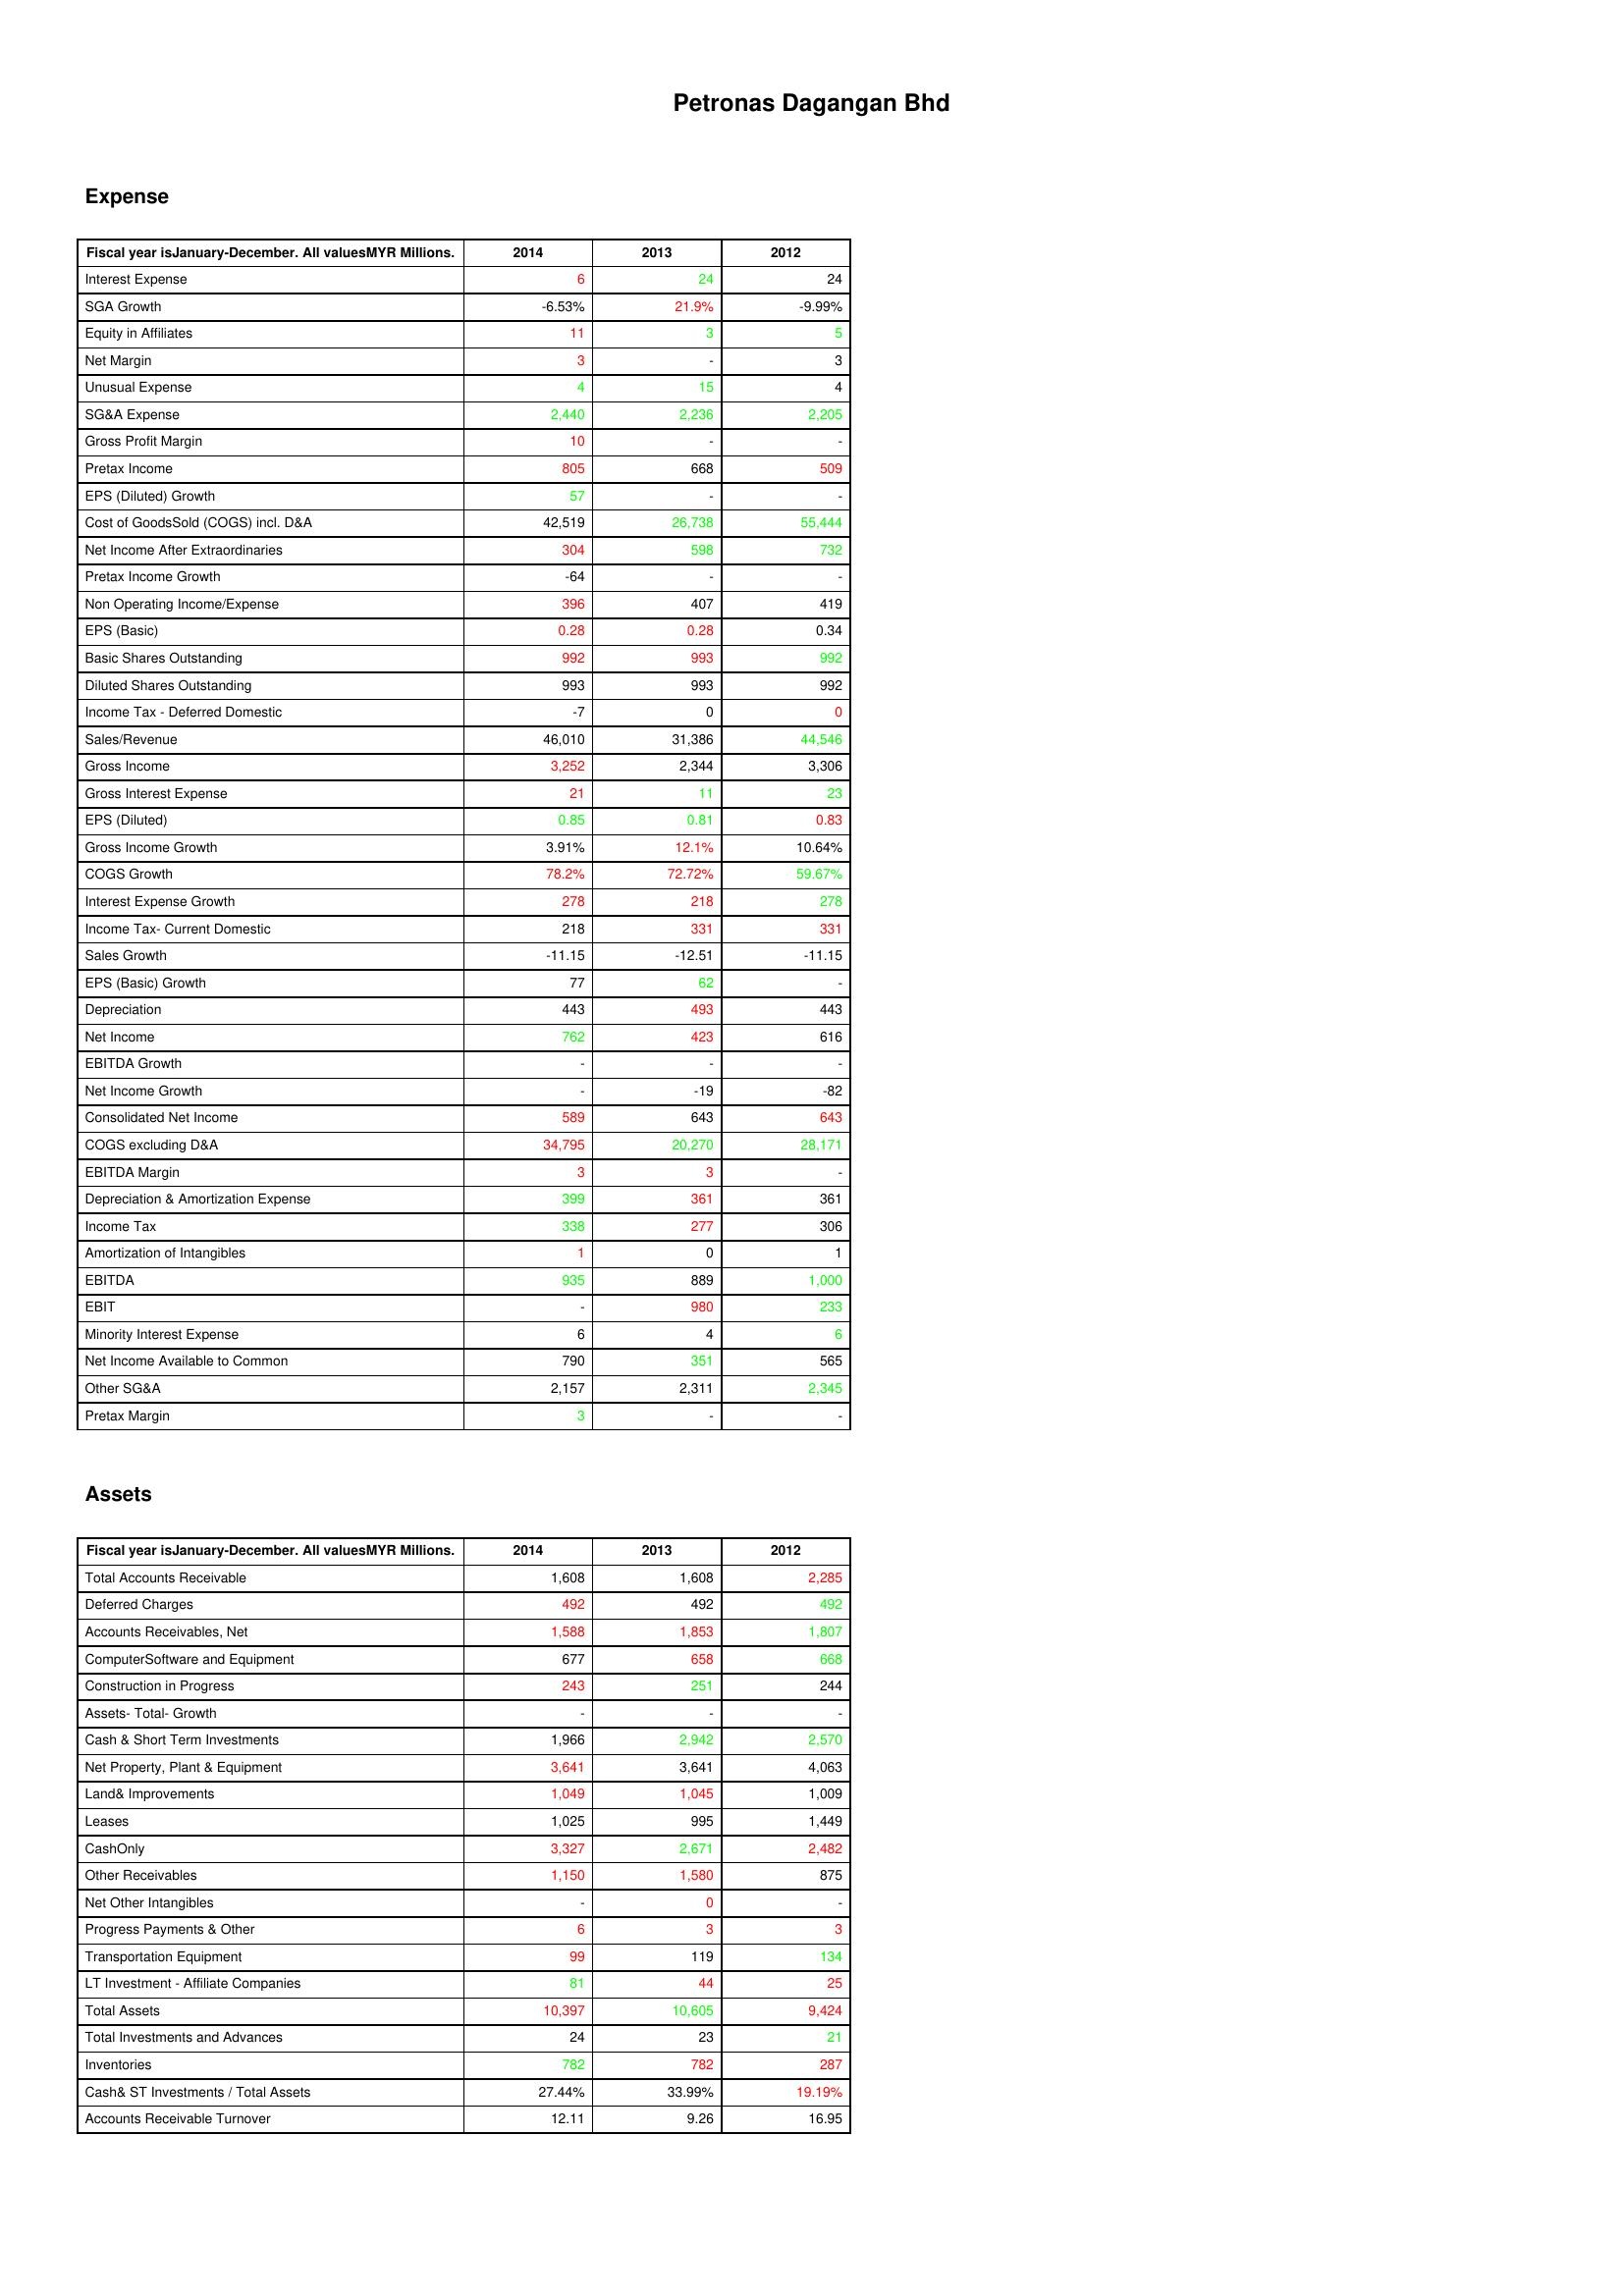
gt_parse: 2014: Expense: Interest Expense: 6
SGA Growth: -6.53%
Equity in Affiliates: 11
Net Margin: 3
Unusual Expense: 4
SG&A Expense: 2,440
Gross Profit Margin: 10
Pretax Income: 805
EPS (Diluted) Growth: 57
Cost of GoodsSold (COGS) incl. D&A: 42,519
Net Income After Extraordinaries: 304
Pretax Income Growth: -64
Non Operating Income/Expense: 396
EPS (Basic): 0.28
Basic Shares Outstanding: 992
Diluted Shares Outstanding: 993
Income Tax - Deferred Domestic: -7
Sales/Revenue: 46,010
Gross Income: 3,252
Gross Interest Expense: 21
EPS (Diluted): 0.85
Gross Income Growth: 3.91%
COGS Growth: 78.2%
Interest Expense Growth: 278
Income Tax- Current Domestic: 218
Sales Growth: -11.15
EPS (Basic) Growth: 77
Depreciation: 443
Net Income: 762
EBITDA Growth: -
Net Income Growth: -
Consolidated Net Income: 589
COGS excluding D&A: 34,795
EBITDA Margin: 3
Depreciation & Amortization Expense: 399
Income Tax: 338
Amortization of Intangibles: 1
EBITDA: 935
EBIT: -
Minority Interest Expense: 6
Net Income Available to Common: 790
Other SG&A: 2,157
Pretax Margin: 3
Assets: Total Accounts Receivable: 1,608
Deferred Charges: 492
Accounts Receivables, Net: 1,588
ComputerSoftware and Equipment: 677
Construction in Progress: 243
Assets- Total- Growth: -
Cash & Short Term Investments: 1,966
Net Property, Plant & Equipment: 3,641
Land& Improvements: 1,049
Leases: 1,025
CashOnly: 3,327
Other Receivables: 1,150
Net Other Intangibles: -
Progress Payments & Other: 6
Transportation Equipment: 99
LT Investment - Affiliate Companies: 81
Total Assets: 10,397
Total Investments and Advances: 24
Inventories: 782
Cash& ST Investments / Total Assets: 27.44%
Accounts Receivable Turnover: 12.11
2013: Expense: Interest Expense: 24
SGA Growth: 21.9%
Equity in Affiliates: 3
Net Margin: -
Unusual Expense: 15
SG&A Expense: 2,236
Gross Profit Margin: -
Pretax Income: 668
EPS (Diluted) Growth: -
Cost of GoodsSold (COGS) incl. D&A: 26,738
Net Income After Extraordinaries: 598
Pretax Income Growth: -
Non Operating Income/Expense: 407
EPS (Basic): 0.28
Basic Shares Outstanding: 993
Diluted Shares Outstanding: 993
Income Tax - Deferred Domestic: 0
Sales/Revenue: 31,386
Gross Income: 2,344
Gross Interest Expense: 11
EPS (Diluted): 0.81
Gross Income Growth: 12.1%
COGS Growth: 72.72%
Interest Expense Growth: 218
Income Tax- Current Domestic: 331
Sales Growth: -12.51
EPS (Basic) Growth: 62
Depreciation: 493
Net Income: 423
EBITDA Growth: -
Net Income Growth: -19
Consolidated Net Income: 643
COGS excluding D&A: 20,270
EBITDA Margin: 3
Depreciation & Amortization Expense: 361
Income Tax: 277
Amortization of Intangibles: 0
EBITDA: 889
EBIT: 980
Minority Interest Expense: 4
Net Income Available to Common: 351
Other SG&A: 2,311
Pretax Margin: -
Assets: Total Accounts Receivable: 1,608
Deferred Charges: 492
Accounts Receivables, Net: 1,853
ComputerSoftware and Equipment: 658
Construction in Progress: 251
Assets- Total- Growth: -
Cash & Short Term Investments: 2,942
Net Property, Plant & Equipment: 3,641
Land& Improvements: 1,045
Leases: 995
CashOnly: 2,671
Other Receivables: 1,580
Net Other Intangibles: 0
Progress Payments & Other: 3
Transportation Equipment: 119
LT Investment - Affiliate Companies: 44
Total Assets: 10,605
Total Investments and Advances: 23
Inventories: 782
Cash& ST Investments / Total Assets: 33.99%
Accounts Receivable Turnover: 9.26
2012: Expense: Interest Expense: 24
SGA Growth: -9.99%
Equity in Affiliates: 5
Net Margin: 3
Unusual Expense: 4
SG&A Expense: 2,205
Gross Profit Margin: -
Pretax Income: 509
EPS (Diluted) Growth: -
Cost of GoodsSold (COGS) incl. D&A: 55,444
Net Income After Extraordinaries: 732
Pretax Income Growth: -
Non Operating Income/Expense: 419
EPS (Basic): 0.34
Basic Shares Outstanding: 992
Diluted Shares Outstanding: 992
Income Tax - Deferred Domestic: 0
Sales/Revenue: 44,546
Gross Income: 3,306
Gross Interest Expense: 23
EPS (Diluted): 0.83
Gross Income Growth: 10.64%
COGS Growth: 59.67%
Interest Expense Growth: 278
Income Tax- Current Domestic: 331
Sales Growth: -11.15
EPS (Basic) Growth: -
Depreciation: 443
Net Income: 616
EBITDA Growth: -
Net Income Growth: -82
Consolidated Net Income: 643
COGS excluding D&A: 28,171
EBITDA Margin: -
Depreciation & Amortization Expense: 361
Income Tax: 306
Amortization of Intangibles: 1
EBITDA: 1,000
EBIT: 233
Minority Interest Expense: 6
Net Income Available to Common: 565
Other SG&A: 2,345
Pretax Margin: -
Assets: Total Accounts Receivable: 2,285
Deferred Charges: 492
Accounts Receivables, Net: 1,807
ComputerSoftware and Equipment: 668
Construction in Progress: 244
Assets- Total- Growth: -
Cash & Short Term Investments: 2,570
Net Property, Plant & Equipment: 4,063
Land& Improvements: 1,009
Leases: 1,449
CashOnly: 2,482
Other Receivables: 875
Net Other Intangibles: -
Progress Payments & Other: 3
Transportation Equipment: 134
LT Investment - Affiliate Companies: 25
Total Assets: 9,424
Total Investments and Advances: 21
Inventories: 287
Cash& ST Investments / Total Assets: 19.19%
Accounts Receivable Turnover: 16.95